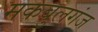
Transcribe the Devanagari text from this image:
मकबुलगंज